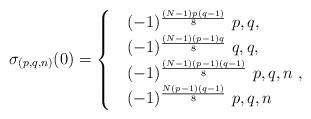
LaTeX: \begin{align*}\sigma_{(p,q,n)}(0)=\begin{cases}&(-1)^{\frac{(N-1)p(q-1)}{8}}\ p, q,\\&(-1)^{\frac{(N-1)(p-1)q}{8}}\ q, q,\\&(-1)^{\frac{(N-1)(p-1)(q-1)}{8}}\ p,q, n\ ,\\&(-1)^{\frac{N(p-1)(q-1)}{8}}\ p,q, n \end{cases}\end{align*}